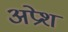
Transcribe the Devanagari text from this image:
अप्रेश